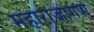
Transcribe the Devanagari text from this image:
महाराजागण